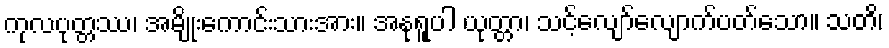
ကုလပုတ္တဿ၊ အမျိုးကောင်းသားအား။ အနုရူပါ ယုတ္တာ၊ သင့်လျော်လျောက်ပတ်သော။ သတိ၊